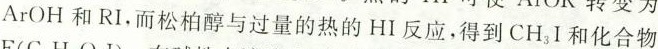
ArOH 和 RI.而松柏醇与过量的热的HI反应，得到CH_{3}I和化合物